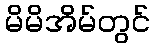
မိမိအိမ်တွင်